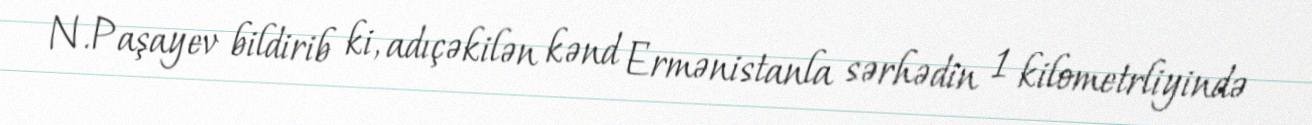
N.Paşayev bildirib ki, adıçəkilən kənd Ermənistanla sərhədin 1 kilometrliyində